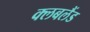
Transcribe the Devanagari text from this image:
क्लबलैंड